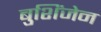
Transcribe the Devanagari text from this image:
बुशिंजेन